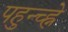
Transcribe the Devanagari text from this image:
पहुन्च्ह्ने